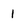
Character: 1